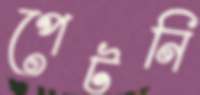
পেটনি